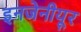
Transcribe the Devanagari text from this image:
इनजेनीयूर